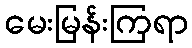
မေးမြန်းကြရာ